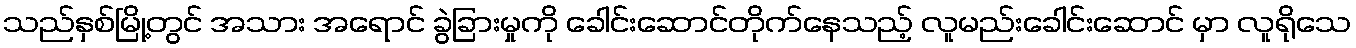
သည်နှစ်မြို့တွင် အသား အရောင် ခွဲခြားမှုကို ခေါင်းဆောင်တိုက်နေသည့် လူမည်းခေါင်းဆောင် မှာ လူရိုသေ